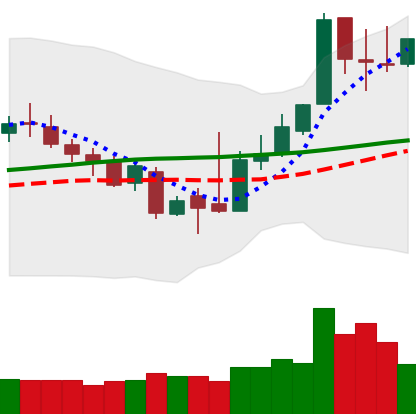
Ticker: XLM-USD
Chart end date: 2018-11-10
Forward return: -7.383%
Label: down_7plus